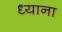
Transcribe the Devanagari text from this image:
ध्याना